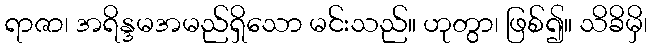
ရာဇာ၊ အရိန္ဒမအမည်ရှိသော မင်းသည်။ ဟုတွာ၊ ဖြစ်၍။ သိခိမှိ၊